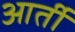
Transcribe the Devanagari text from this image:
आर्ती